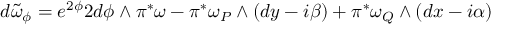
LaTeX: d \tilde { \omega } _ { \phi } = e ^ { 2 \phi } 2 d \phi \wedge \pi ^ { \ast } \omega - \pi ^ { \ast } \omega _ { P } \wedge ( d y - i \beta ) + \pi ^ { \ast } \omega _ { Q } \wedge ( d x - i \alpha )